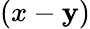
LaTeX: (x-\mathbf{y})